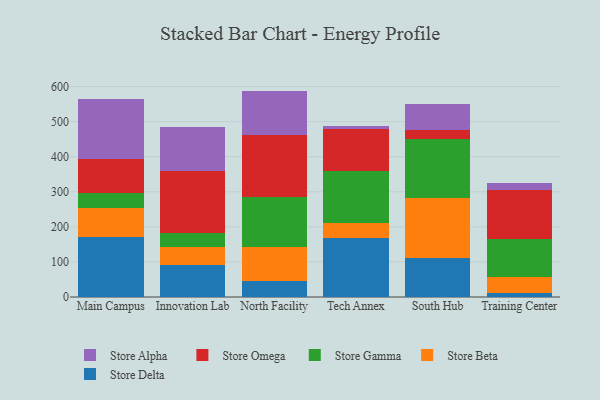
{"axis": {"x": "Campus", "y": "Humidity (%)"}, "legend": ["Store Alpha", "Store Beta", "Store Delta", "Store Gamma", "Store Omega"], "data": [{"x": "Main Campus", "y": 172.0, "type": "Store Delta"}, {"x": "Main Campus", "y": 81.7, "type": "Store Beta"}, {"x": "Main Campus", "y": 42.7, "type": "Store Gamma"}, {"x": "Main Campus", "y": 96.1, "type": "Store Omega"}, {"x": "Main Campus", "y": 172.6, "type": "Store Alpha"}, {"x": "Innovation Lab", "y": 90.1, "type": "Store Delta"}, {"x": "Innovation Lab", "y": 53.2, "type": "Store Beta"}, {"x": "Innovation Lab", "y": 39.2, "type": "Store Gamma"}, {"x": "Innovation Lab", "y": 175.5, "type": "Store Omega"}, {"x": "Innovation Lab", "y": 126.3, "type": "Store Alpha"}, {"x": "North Facility", "y": 44.6, "type": "Store Delta"}, {"x": "North Facility", "y": 98.4, "type": "Store Beta"}, {"x": "North Facility", "y": 142.5, "type": "Store Gamma"}, {"x": "North Facility", "y": 175.4, "type": "Store Omega"}, {"x": "North Facility", "y": 126.7, "type": "Store Alpha"}, {"x": "Tech Annex", "y": 169.1, "type": "Store Delta"}, {"x": "Tech Annex", "y": 42.9, "type": "Store Beta"}, {"x": "Tech Annex", "y": 148.5, "type": "Store Gamma"}, {"x": "Tech Annex", "y": 117.5, "type": "Store Omega"}, {"x": "Tech Annex", "y": 8.1, "type": "Store Alpha"}, {"x": "South Hub", "y": 112.0, "type": "Store Delta"}, {"x": "South Hub", "y": 170.5, "type": "Store Beta"}, {"x": "South Hub", "y": 168.8, "type": "Store Gamma"}, {"x": "South Hub", "y": 23.8, "type": "Store Omega"}, {"x": "South Hub", "y": 76.0, "type": "Store Alpha"}, {"x": "Training Center", "y": 12.0, "type": "Store Delta"}, {"x": "Training Center", "y": 45.8, "type": "Store Beta"}, {"x": "Training Center", "y": 107.5, "type": "Store Gamma"}, {"x": "Training Center", "y": 141.1, "type": "Store Omega"}, {"x": "Training Center", "y": 19.0, "type": "Store Alpha"}]}